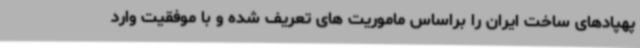
پهپادهای ساخت ایران را براساس ماموریت های تعریف شده و با موفقیت وارد